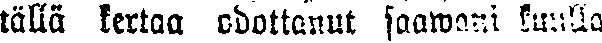
tällä kertaa odottanut saawani kuulla